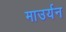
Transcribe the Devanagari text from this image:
माउर्यन